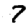
Digit: 7